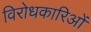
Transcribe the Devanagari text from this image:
विरोधकारिओं